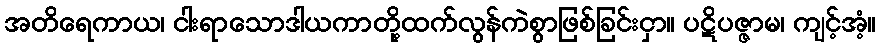
အတိရေကာယ၊ ငါးရာသောဒါယကာတို့ထက်လွန်ကဲစွာဖြစ်ခြင်းငှာ။ ပဋိပဇ္ဇာမ၊ ကျင့်အံ့။